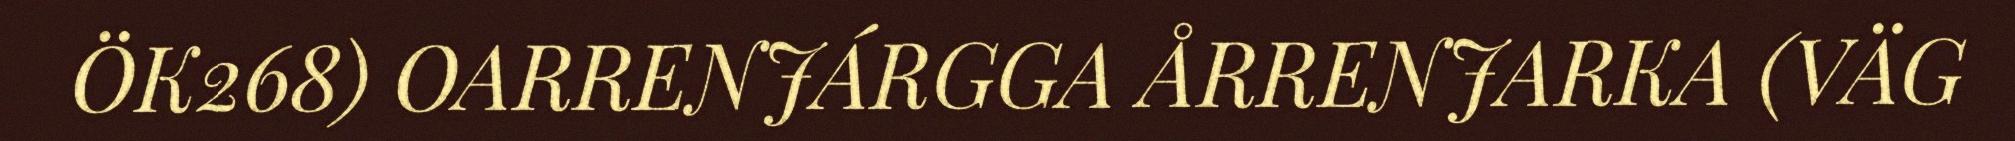
ÖK268) OARRENJÁRGGA ÅRRENJARKA (VÄG